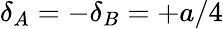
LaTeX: \delta_{A}=-\delta_{B}=+a/4